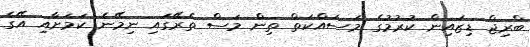
ބްރިޖް ޑިޒައިން ކުރުމުގެ މަސައްކަތް ތިން މަސް ތެރޭގައި ނިމޭނެ ކަމަށާއި އޭގެ